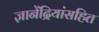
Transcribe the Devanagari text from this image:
ज्ञानेंद्रियांसहित